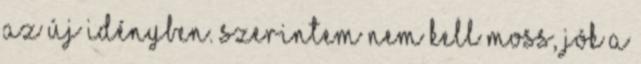
az új idényben. Szerintem nem kell Moss, jók a